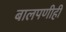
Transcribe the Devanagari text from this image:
बालपणीही